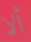
ألا